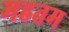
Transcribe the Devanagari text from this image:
महतम